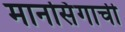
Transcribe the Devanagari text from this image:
मानसिंगाची